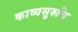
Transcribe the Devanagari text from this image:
काव्यसुरुचि